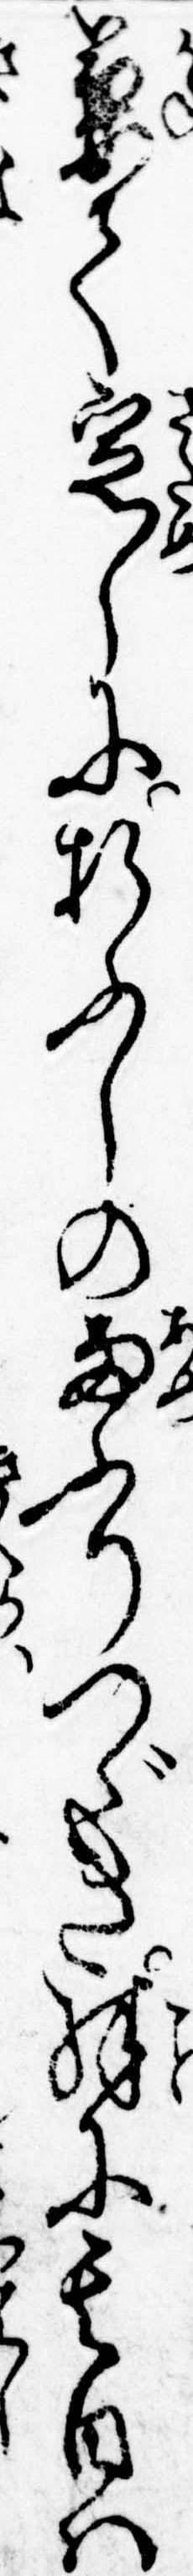
兼て定しに折ふしの雨ふりつゞき殊に其日は